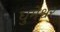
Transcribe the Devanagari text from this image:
धुमेश्वर